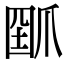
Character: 𤔗